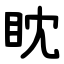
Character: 眈